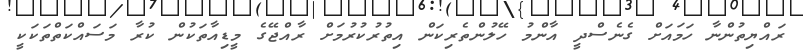
ރައްޔިތުންނާ ހަމައަށް ގެނެސްދީ އާންމު ހޭލުންތެރިކަން އިތުރުކުރުމަށް ރާއްޖޭގެ މީޑިއާތަކުން ކުރާ މަސައްކަތްތަކަކީ